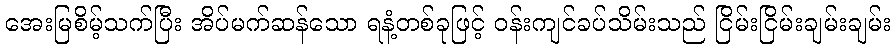
အေးမြစိမ့်သက်ပြီး အိပ်မက်ဆန်သော ရနံ့တစ်ခုဖြင့် ဝန်းကျင်ခပ်သိမ်းသည် ငြိမ်းငြိမ်းချမ်းချမ်း